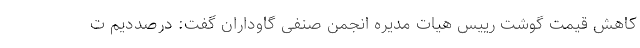
کاهش قیمت گوشت رییس هیات مدیره انجمن صنفی گاوداران گفت: درصددیم ت